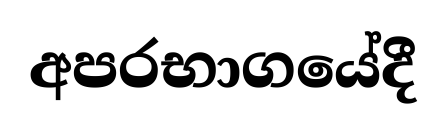
අපරභාගයේදී